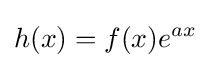
h(x)=f(x)e^{ax}